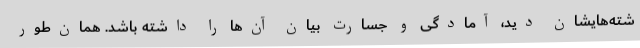
شته‌هایشان دید، آمادگی و جسارت بیان آن‌ها را داشته باشد. همان‌طور